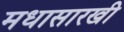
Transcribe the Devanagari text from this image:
मधासारखी